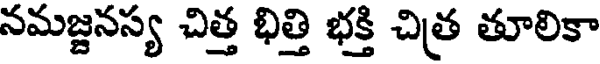
నమజ్జనస్య చిత్త భిత్తి భక్తి చిత తూలికా